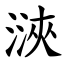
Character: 㴺